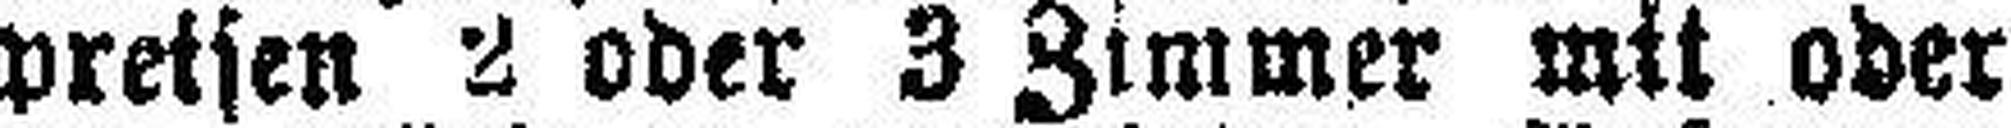
preisen 2 oder 3 Zimmer mit oder